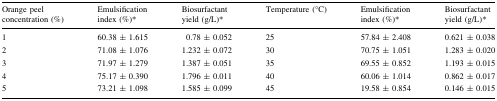
| Orange peel concentration (%) | Emulsification index (%)* | Biosurfactant yield (g/L)* | Temperature (°C) | Emulsification index (%)* | Biosurfactant yield (g/L)* |
 | --- | --- | --- | --- | --- | --- |
 | 1 | 60.38 ± 1.615 | 0.78 ± 0.052 | 25 | 57.84 ± 2.408 | 0.621 ± 0.038 |
 | 2 | 71.08 ± 1.076 | 1.232 ± 0.072 | 30 | 70.75 ± 1.051 | 1.283 ± 0.020 |
 | 3 | 71.97 ± 1.279 | 1.387 ± 0.051 | 35 | 69.55 ± 0.852 | 1.193 ± 0.015 |
 | 4 | 75.17 ± 0.390 | 1.796 ± 0.011 | 40 | 60.06 ± 1.014 | 0.862 ± 0.017 |
 | 5 | 73.21 ± 1.098 | 1.585 ± 0.099 | 45 | 19.58 ± 0.854 | 0.146 ± 0.015 |